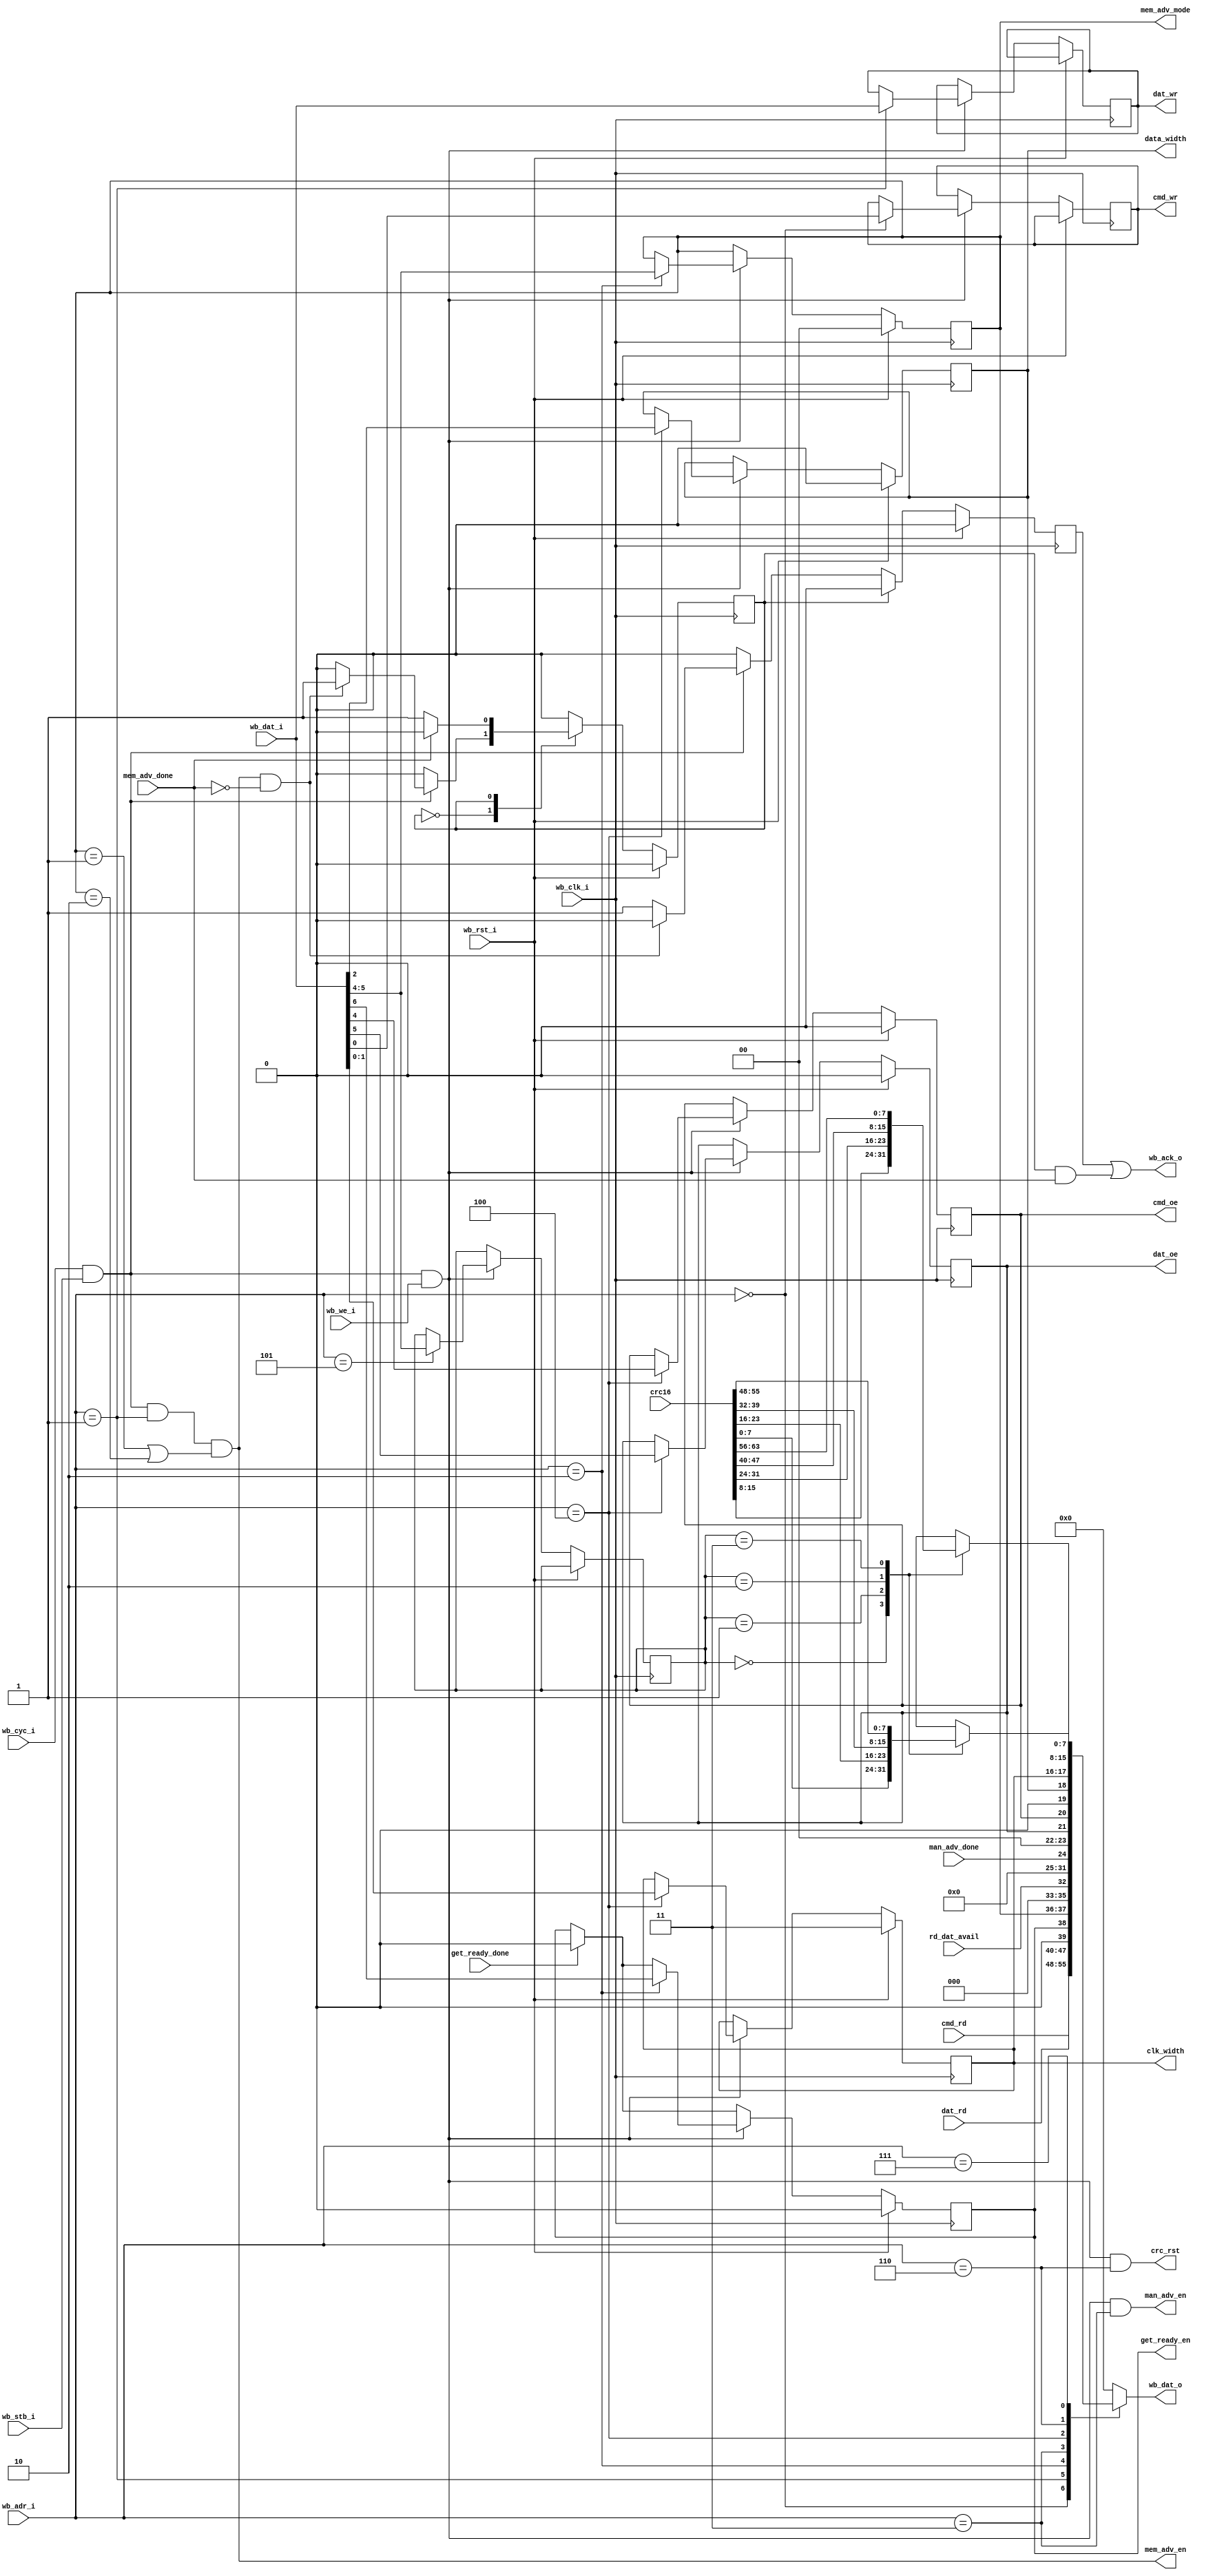
module wb_attach(
    input         wb_clk_i,
    input         wb_rst_i,
    input         wb_cyc_i,
    input         wb_stb_i,
    input         wb_we_i,
    input   [2:0] wb_adr_i,
    input   [7:0] wb_dat_i,
    output  [7:0] wb_dat_o,
    output        wb_ack_o,

    output  [1:0] mem_adv_mode,
    output        mem_adv_en, 
    input         mem_adv_done, 
    output        man_adv_en, 
    output        get_ready_en,
    input         get_ready_done,
    input         man_adv_done, 
    input         rd_dat_avail,

    output        dat_oe,
    output        cmd_oe,
    output  [7:0] dat_wr,
    output        cmd_wr,
    input   [7:0] dat_rd,
    input   [7:0] cmd_rd,

    input  [16*4-1:0] crc16,
    output            crc_rst,

    output        data_width,
    output  [1:0] clk_width
  );

  /********** Register Map *************/

  localparam REG_CMD      = 3'd0;
  localparam REG_DAT      = 3'd1;
  localparam REG_AUTO     = 3'd2;
  localparam REG_ADV      = 3'd3;
  localparam REG_CLK      = 3'd4;
  localparam REG_CRC_CMD  = 3'd5;
  localparam REG_CRC_DAT1 = 3'd6;
  localparam REG_CRC_DAT0 = 3'd7;

  /****** Configuration Registers ******/

  reg       data_width_reg;
  localparam DW_1 = 1'd0;
  localparam DW_4 = 1'd1;

  reg [1:0] clk_width_reg;
  localparam W_40M  = 0;
  localparam W_20M  = 1;
  localparam W_10M  = 2;
  localparam W_365K = 3;

  reg [1:0] mem_adv_mode_reg;
  localparam ADV_NONE     = 2'd0;
  localparam ADV_DAT_RD   = 2'd1;
  localparam ADV_DAT_WR   = 2'd2;

  reg       cmd_wr_reg;
  reg [7:0] dat_wr_reg;

  reg dat_oe_reg;
  reg cmd_oe_reg;

  reg get_ready_en_reg;

  reg [1:0] crc_sel;



  /****** Wishbone State Machine *******/

  wire wb_trans = wb_cyc_i & wb_stb_i;

  reg wb_state;
  localparam WB_IDLE     = 0;
  localparam WB_ADV_WAIT = 1;

  reg wb_ack_o_reg;

  always @(posedge wb_clk_i) begin
    wb_ack_o_reg <= 1'b0;
    if (wb_rst_i) begin
      wb_state   <= WB_IDLE;
    end else begin
      case (wb_state)
        WB_IDLE: begin
          if (wb_trans) begin
            if (mem_adv_en && !mem_adv_done) begin
              wb_state <= WB_ADV_WAIT;
            end else begin
              wb_ack_o_reg <= 1'b1;
            end
          end
        end
        WB_ADV_WAIT: begin
          if (mem_adv_done) begin
            wb_state   <= WB_IDLE;
          end
        end
      endcase
    end
  end

  assign wb_ack_o = wb_ack_o_reg || wb_state == WB_ADV_WAIT && mem_adv_done;

  /****** Wishbone Reg Read *******/

  reg [7:0] wb_dat_reg;
  always @(*) begin
    case (wb_adr_i)
      REG_CMD: begin
        wb_dat_reg <= cmd_rd;
      end
      REG_DAT: begin
        wb_dat_reg <= dat_rd;
      end
      REG_AUTO: begin
        wb_dat_reg <= {1'b0, get_ready_en, mem_adv_mode, 3'b0, rd_dat_avail};
      end
      REG_ADV: begin
        wb_dat_reg <= {7'b0, man_adv_done};
      end
      REG_CLK: begin
        wb_dat_reg <= {2'b0, dat_oe, cmd_oe, 1'b0, data_width, clk_width};
      end
      REG_CRC_DAT1: begin
        case (crc_sel)
          0: begin
            wb_dat_reg <= crc16[16*(0+1) - 1:16*0+8];
          end
          1: begin
            wb_dat_reg <= crc16[16*(1+1) - 1:16*1+8];
          end
          2: begin
            wb_dat_reg <= crc16[16*(2+1) - 1:16*2+8];
          end
          3: begin
            wb_dat_reg <= crc16[16*(3+1) - 1:16*3+8];
          end
        endcase
      end
      REG_CRC_DAT0: begin
        case (crc_sel)
          0: begin
            wb_dat_reg <= crc16[16*(0+1) - 8 - 1:16*0];
          end
          1: begin
            wb_dat_reg <= crc16[16*(1+1) - 8 - 1:16*1];
          end
          2: begin
            wb_dat_reg <= crc16[16*(2+1) - 8 - 1:16*2];
          end
          3: begin
            wb_dat_reg <= crc16[16*(3+1) - 8 - 1:16*3];
          end
        endcase
      end
      default: begin
        wb_dat_reg <= 8'b0;
      end
    endcase
  end
  assign wb_dat_o = wb_dat_reg;

  /****** Wishbone Reg Write *******/

  always @(posedge wb_clk_i) begin
    if (get_ready_done)
      get_ready_en_reg <= 1'b0;
    if (wb_rst_i) begin
      mem_adv_mode_reg <= 2'b0;
      data_width_reg   <= DW_1;
      clk_width_reg    <= 2'b11;
      dat_oe_reg       <= 1'b0;
      cmd_oe_reg       <= 1'b0;
      get_ready_en_reg <= 1'b0;
    end else begin
      if (wb_trans && wb_we_i) begin
        case (wb_adr_i)
          REG_CMD: begin
            cmd_wr_reg <= wb_dat_i[0];
          end
          REG_DAT: begin
            dat_wr_reg <= wb_dat_i;
          end
          REG_AUTO: begin
            mem_adv_mode_reg <= wb_dat_i[5:4];
            get_ready_en_reg <= wb_dat_i[6];
          end
          REG_ADV: begin
          end
          REG_CLK: begin
            dat_oe_reg     <= wb_dat_i[5];
            cmd_oe_reg     <= wb_dat_i[4];
            data_width_reg <= wb_dat_i[2];
            clk_width_reg  <= wb_dat_i[1:0];
          end
          REG_CRC_CMD: begin
            crc_sel <= wb_dat_i[5:4];
          end
          default: begin
          end
        endcase
      end
    end
  end

  /********* Assignments **********/
  assign get_ready_en = get_ready_en_reg;

  assign mem_adv_en = wb_trans && wb_adr_i == 3'd1 && (mem_adv_mode == 1 || mem_adv_mode == 2);

  assign mem_adv_mode = mem_adv_mode_reg;
  assign man_adv_en = wb_trans && wb_we_i && wb_adr_i == REG_ADV;
  assign crc_rst    = wb_trans && wb_we_i && wb_adr_i == REG_CRC_DAT1;

  assign dat_oe     = dat_oe_reg;
  assign cmd_oe     = cmd_oe_reg;
  assign dat_wr     = dat_wr_reg;
  assign cmd_wr     = cmd_wr_reg;
  assign data_width = data_width_reg;
  assign clk_width  = clk_width_reg;

endmodule